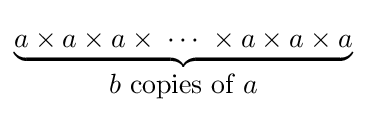
\underbrace {a\times a\times a\times \;\cdots \;\times a\times a\times a} _{\displaystyle b{\mbox{ copies of }}a}